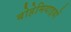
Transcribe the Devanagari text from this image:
बोहेमियाइयों